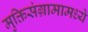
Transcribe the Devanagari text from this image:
मुक्तिसंग्रामामध्ये